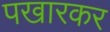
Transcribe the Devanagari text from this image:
पखारकर